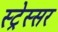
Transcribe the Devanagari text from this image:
स्ट्रेस्सर